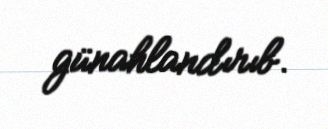
günahlandırıb.